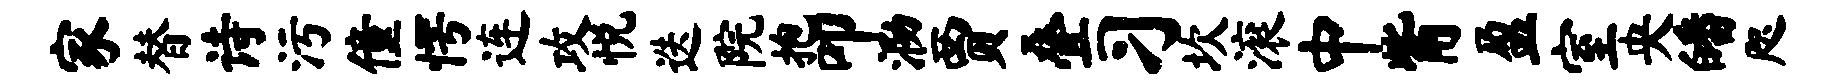
家替诗污僮愕连攻悦迭院抱叩泐贾叠习坎滚中觜盈室央皤咫